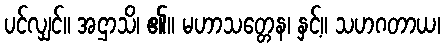
ပင်လျှင်။ အဌာသိ၊ ၏။ မဟာသတ္တေန၊ နှင့်။ သဟဂတာယ၊